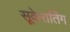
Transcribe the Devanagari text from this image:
सूकेरातिंग